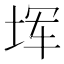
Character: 𪣒